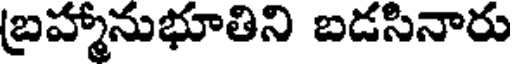
బ్రహ్మానుభూతిని బడసినారు